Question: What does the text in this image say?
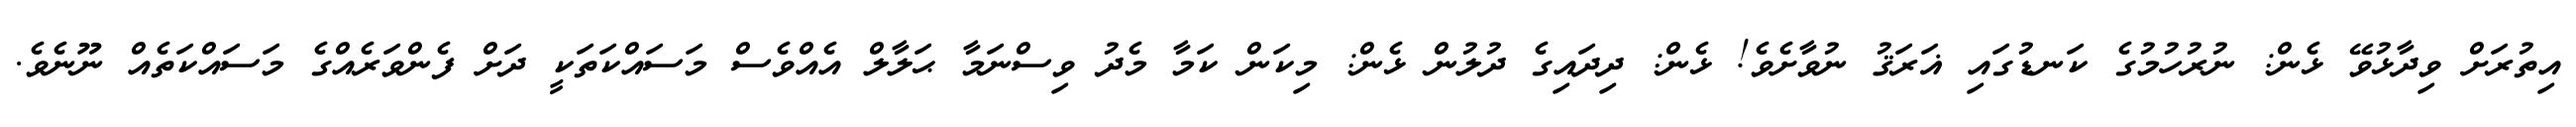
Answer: އިތުރަށް ވިދާޅުވޭ ޅެން: ނުރުހުމުގެ ކަނޑުގައި ޣަރަޤު ނުވާށެވެ! ޅެން: ދިދައިގެ ދުލުން ޅެން: މިކަން ކަމާ މެދު ވިސްނަމާ ޙަލާލް އެއްވެސް މަސައްކަތަކީ ދަށް ފެންވަރެއްގެ މަސައްކަތެއް ނޫނެވެ.